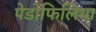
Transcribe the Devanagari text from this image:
पेडोफिलिया